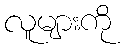
လူများကို